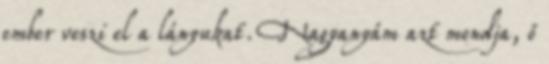
ember veszi el a lányukat. Nagyanyám azt mondja, ő